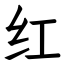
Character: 红